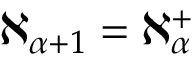
\aleph _ { \alpha + 1 } = \aleph _ { \alpha } ^ { + }